Karu_vallavalitsus_Parnumaal, lk 60
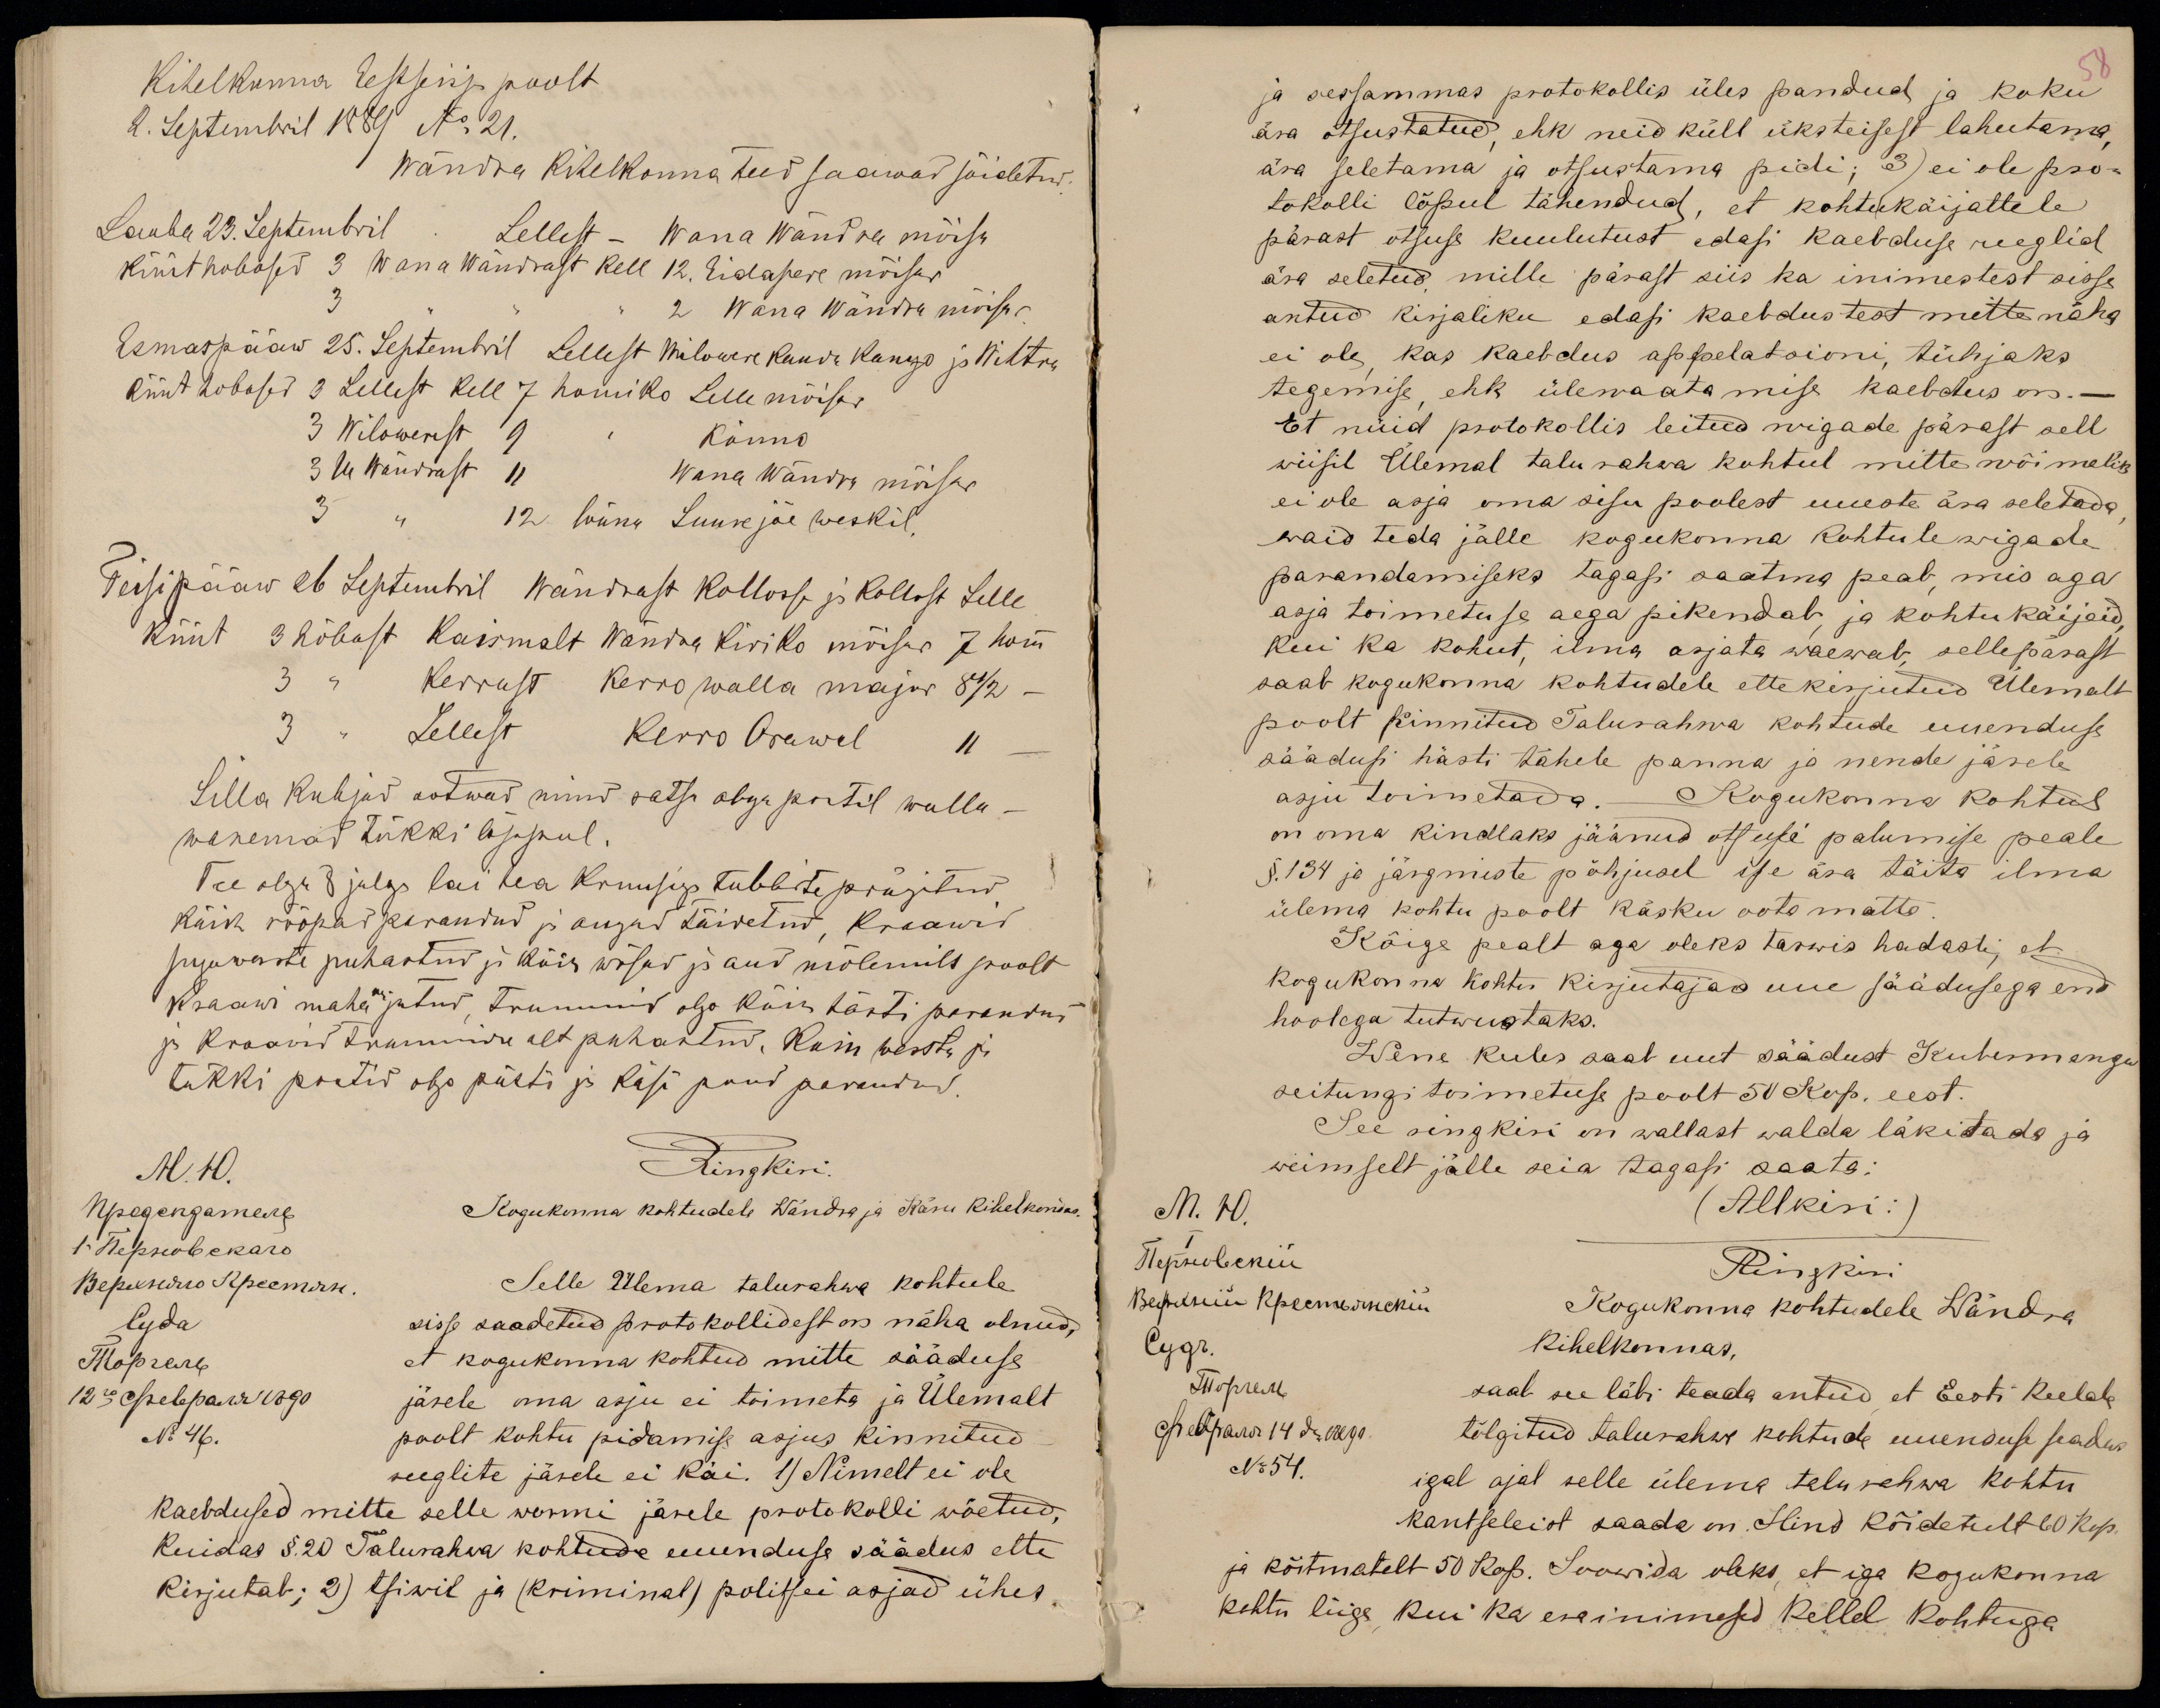
Kihelkonna Eestseisja poolt
2. Septembril 1889 No 21.
Wändra kihelkonna teed saawad sõidetud:
Lauba 23. Septembril Lellest - Wana Wändra mõisa
küüthobosed 3 Wana Wändrast kell 12. Eidapere mõisas
3 " " " 2 Wana Wändra mõisas.
Esmaspääw 25. Septembril Lellest Wilowere kaudu Kango ja Wihtra
küüt hobosed 3 Lellest kell 7 homiko Lelle mõisas
3 Wilowerest 9 " Könno
3 Ue Wändrast 11 Wana Wändra mõisas
3 " 12 lõuna Suurejõe weskil.
Teisipääw 26 Septembril Wändrast Kollosse ja Kollost Lelle
küüt 3 hõbost Kaismalt Wändra kiriko mõisas 7 homm
3 " Kerrust Kerro walla majas 8 1/2 -
3 " Lellest Kerro Orawel 11 -
Silla kubjad ootwad mind ratsa obga postil walla-
wanemad tükki lõppul.
Tee olgu 8 jalga lai hea kruusiga tubliste prügitud,
kõik rööpad parandud ja augud täidetud, kraawid
sugawaste puhastud ja kõik wõsad ja aud mõlemilt poolt
kraawi maha raijutud, trummid olgo kõik hästi parandud
ja kraawid trummide alt puhastud. Koik wersta ja
tükki postid olgo püsti ja käsi puud parandud.
Ringkiri
Kogukonna kohtudele Wändra ja Käru Kihelkondas.
Selle Ülema talurahwa kohtule
sisse saadetud protokollidest on näha olnud,
et kogukonna kohtud mitte sääduse
järele oma asju ei toimeta ja Ülemalt
No 46.
poolt kohtu pidamise asjus kinnitud
reeglite järele ei käi. 1) Nimelt ei ole
kaebdused mitte selle wormi järele protokolli wõetud,
kuidas § 20 Talurahwa kohtude uuenduse säädus ette
kirjutab; 2) tsiwil ja (kriminal) politsei asjad ühes

ja sessammas protokollis üles pandud ja koku
ära otsustatud, ehk neid küll üksteisest lahutama,
ära seletama ja otsustama pidi; 3) ei ole pro-
tokolli lõpul tähendud, et kohtukäijattele
pärast otsuse kuulutust edasi kaebduse reeglid
ära seletud, mille pärast siis ka inimestest sisse
antud kirjaliku edasi kaebdustest mitte näha
ei ole, kas kaebdus appelatsioni, tühjaks
tegemise, ehk ülewaatamise kaebdus on.-
Et nüid protokollis leitud wigade pärast sell
wiisil Ülemal talurahwa kohtul mitte wõimalik
ei ole asja oma sisu poolest uueste ära seletada,
waid teda jälle kogukonna kohtule wigade
parandamiseks tagasi saatma peab, mis aga
asja toimetuse aega pikendab, ja kohtukäijaid,
kui ka kohut, ilma asjata waewab, sellepärast
saab kogukonna kohtudele ettekirjutud Ülemalt
poolt kinnitud Talurahwa kohtude uuenduse
säädusi hästi tähele panna ja nende järele
asju toimetada. Kogukonna kohtus
on oma kindlaks jäänud otsuse palumise peale
§.134 ja järgmiste põhjusel ise ära täita ilma
ülema kohtu poolt käsku ootamatta.
Kõige pealt aga oleks tarwis hadasti, et
kogukonna kohtu kirjutajad uue säädusega end
hoolega tutwustaks.
Wene keeles saab uut säädust Kubermangu
seitungi toimetuse poolt 50 Kop. eest.
See ringkiri on wallast walda läkitada ja
wiimselt jälle seia tagasi saata:
(Allkiri:)
Ringkiri
Kogukonna kohtudele Wändra
kihelkonnas,
saab see läbi teada antud, et Eesti keelde
tõlgitud talurahwa kohtude uuenduse seadus
No 54.
igal ajal selle ülema talurahwa kohtu
kantseleist saada on. Hind kõidetult 60 kop.
ja kõitmatelt 50 kop. Soowida oleks, et iga kogukonna
kohtu liige, kui ka erainimesed kellel kohtuga